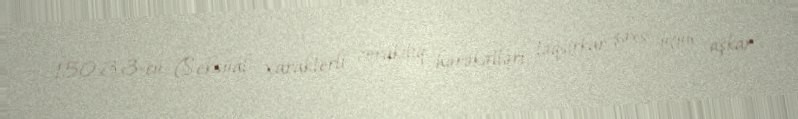
150.3.3-cü (Seksual xarakterli zorakılıq hərəkətləri; təqsirkar şəxs üçün aşkar